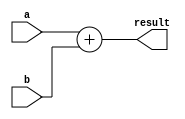
module param_dut #(
    parameter DATA_WIDTH = 8
)(
    input wire [DATA_WIDTH-1:0] a,
    input wire [DATA_WIDTH-1:0] b,
    output reg [DATA_WIDTH-1:0] result
);
    always @(*) begin
        result = a + b; // Simple addition operation
    end
endmodule